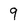
Character: 9